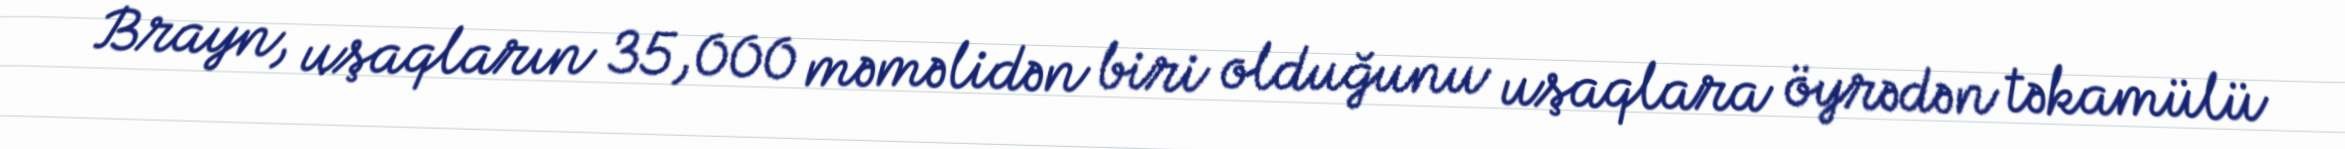
Brayn, uşaqların 35,000 məməlidən biri olduğunu uşaqlara öyrədən təkamülü